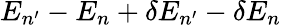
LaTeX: E_{n^{\prime}}-E_{n}+\delta E_{n^{\prime}}-\delta E_{n}